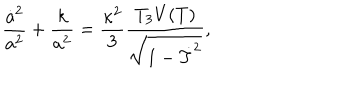
\frac { \dot { a } ^ { 2 } } { a ^ { 2 } } + \frac { k } { a ^ { 2 } } = \frac { \kappa ^ { 2 } } { 3 } \frac { T _ { 3 } V ( T ) } { \sqrt { 1 - \dot { T } ^ { 2 } } } ,